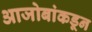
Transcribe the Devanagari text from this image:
आजोबांकडून